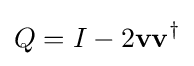
Q=I-2\mathbf {v} \mathbf {v} ^{\dagger }